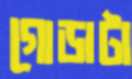
গোড়াটা